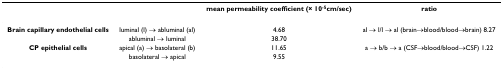
<table><thead><tr><td></td><td></td><td><b>mean permeability coefficient (× 10<sup>-5</sup>cm/sec)</b></td><td><b>ratio</b></td></tr></thead><tbody><tr><td><b>Brain capillary endothelial cells</b></td><td>luminal (l) → abluminal (al)</td><td>4.68</td><td>al → l/l → al (brain→blood/blood→brain) 8.27</td></tr><tr><td></td><td>abluminal → luminal</td><td>38.70</td><td></td></tr><tr><td><b>CP epithelial cells</b></td><td>apical (a) → basolateral (b)</td><td>11.65</td><td>a → b/b → a (CSF→blood/blood→CSF) 1.22</td></tr><tr><td></td><td>basolateral → apical</td><td>9.55</td><td></td></tr></tbody></table>